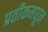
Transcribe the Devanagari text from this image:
प्रतीकमधून